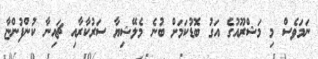
ނަމަވެސް މި މަޝްރޫއުގެ އަގު ބޮޑުކަމަށް ބުނެ މެލޭޝިޔާ ސަރުކާރާއި ޗައިނާ ކުންފުންޏާ